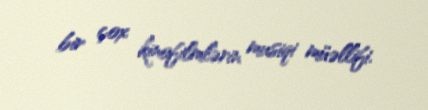
bir çox kinofilmlərin musiqi müəllifi.